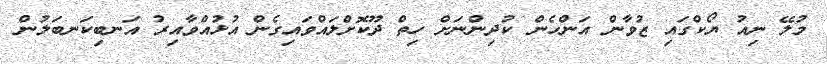
މުލޭ ނިއު ޔޯކްގައި ޒުވާން އަންހެން ކުދިންނަށް ހިތް ދޫކޮށްލައްވައިގެން އުޅުއްވާއިރު އަނބިކަނބަލުން